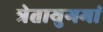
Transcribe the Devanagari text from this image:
त्रेतायुगमां